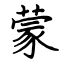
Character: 蒙